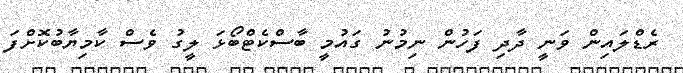
ރެޑްލައިން ވަނީ ދާދި ފަހުން ނިމުނު ގައުމީ ބާސްކެޓްބޯޅަ ލީގު ވެސް ކާމިޔާބުކޮށްފަ